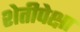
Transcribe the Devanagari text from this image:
शेतीपेक्षा